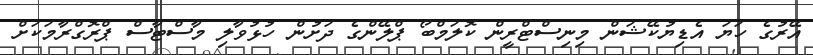
އޭރުގެ ހަޔަ އެޑިޔުކޭޝަން މިނިސްޓްރީން ކޮލަމްބޯ ޕްލޭންގެ ދަށުން ހުޅުވާލި މާސްޓާސް ޕްރޮގްރާމަކަށް